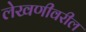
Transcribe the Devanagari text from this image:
लेखणीवरील